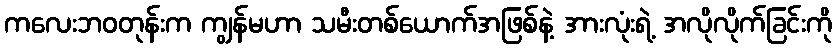
ကလေးဘဝတုန်းက ကျွန်မဟာ သမီးတစ်ယောက်အဖြစ်နဲ့ အားလုံးရဲ့ အလိုလိုက်ခြင်းကို